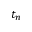
t _ { n }